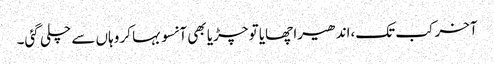
آخر کب تک،اندھیرا چھایا تو چڑیا بھی آنسو بہا کر وہاں سے چلی گئی۔